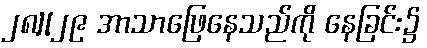
၂၈][၂၉ အာသာဖြေနေသည်ကို နေခြင်း၌